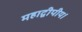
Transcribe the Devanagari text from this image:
महाद्वीपीय।